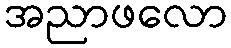
အညာဖလော